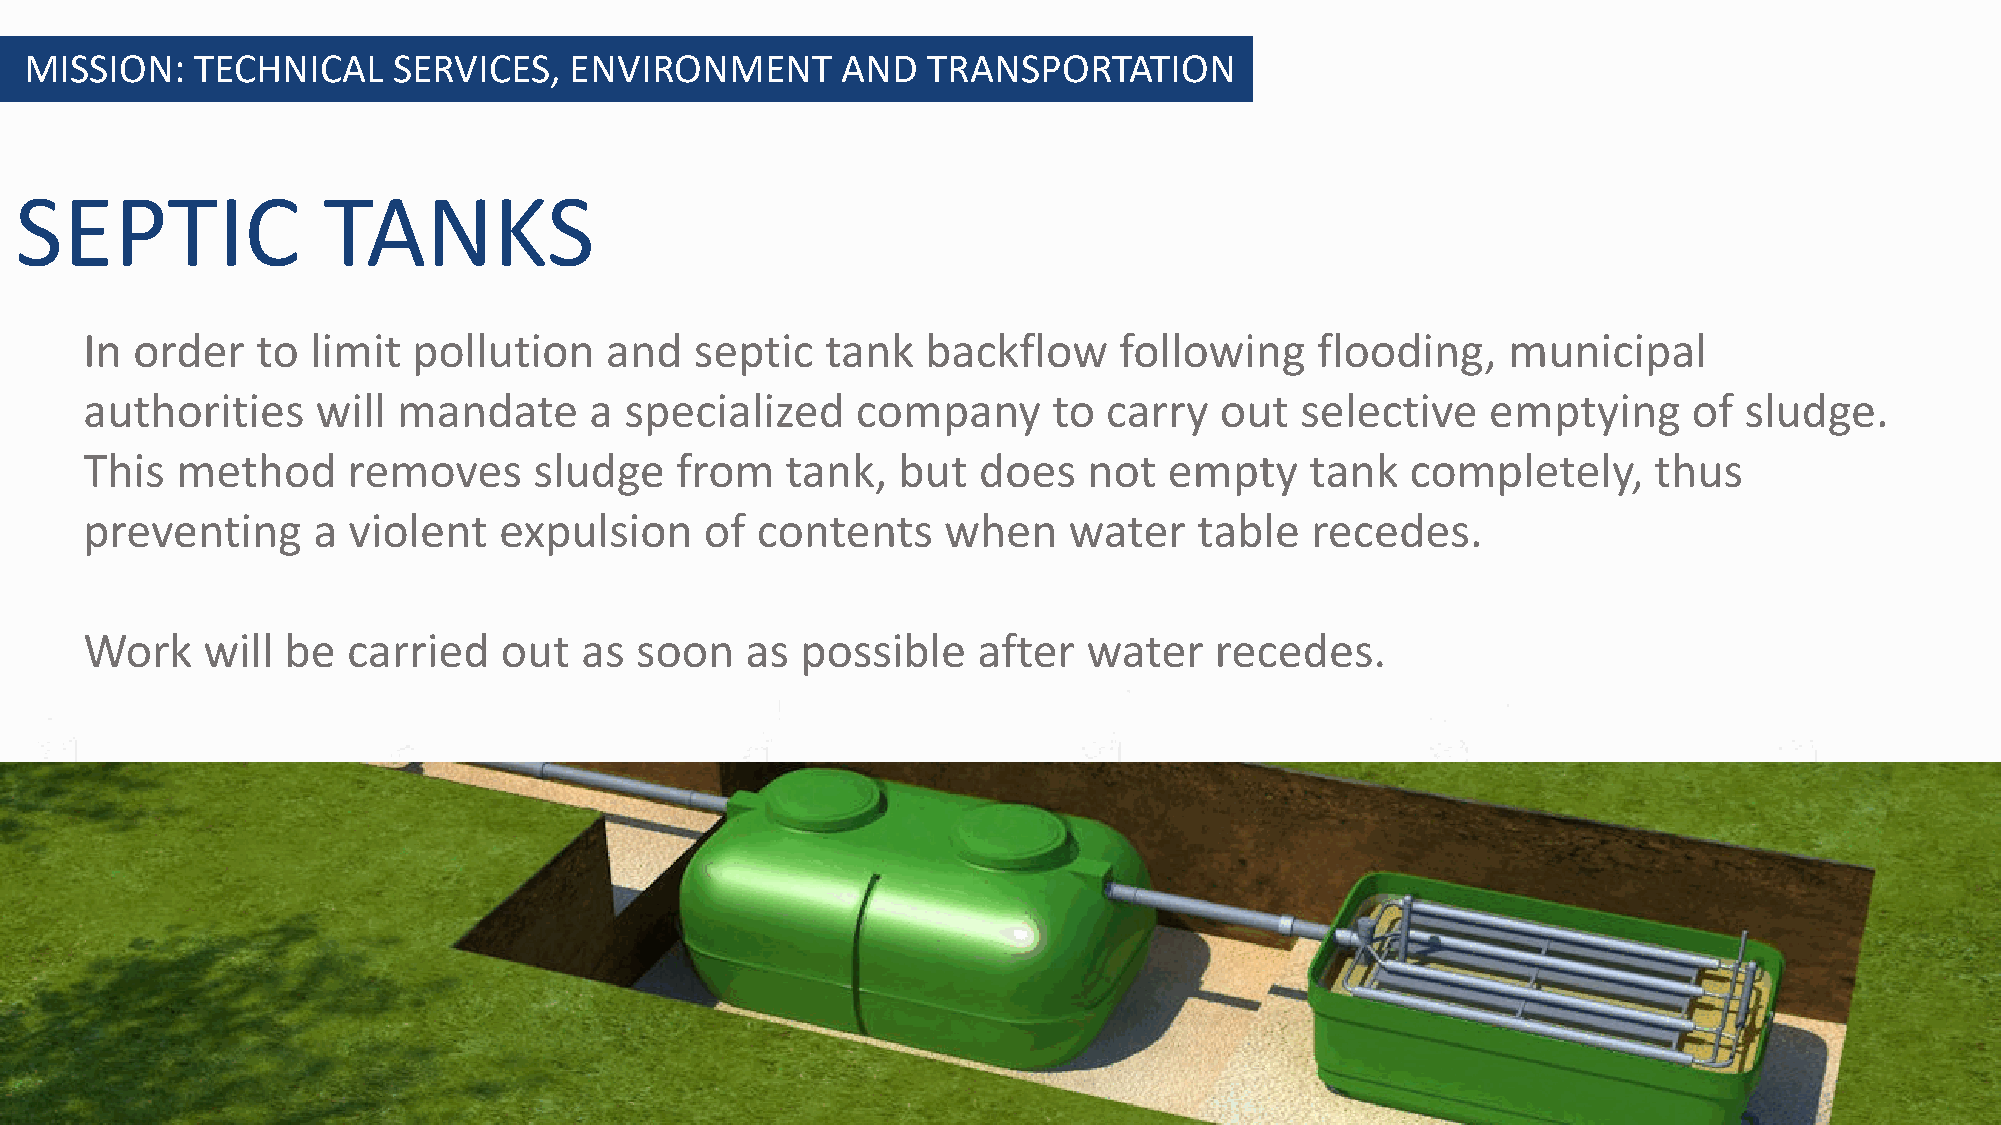
MISSION:   TECHNICAL    SERVICES,   ENVIRONMENT       AND  TRANSPORTATION
 SEPTIC              TANKS
 In order   to  limit pollution    and   septic   tank  backflow     following    flooding,    municipal
 authorities    will mandate      a specialized     company      to carry   out  selective    emptying     of sludge.
 This  method     removes     sludge    from   tank,  but   does   not  empty     tank  completely,     thus
 preventing     a violent   expulsion     of contents    when     water   table   recedes.
 Work   will  be  carried   out  as  soon   as  possible    after  water   recedes.